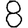
Digit: 8